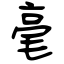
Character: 毫